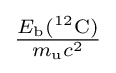
{\tfrac {E_{\text{b}}(^{12}\mathrm {C} )}{m_{\rm {u}}c^{2}}}